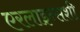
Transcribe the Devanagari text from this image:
एरलाइन्सशी